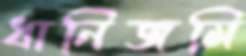
ধানিজমি